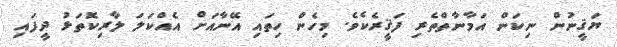
ޔަޤީނުން ނިކަން އަމާނާތްތެރި ފަޤީރެކެވެ. މިހެން ހިތައި އޭނާއަށް އެއްކަަލަ ލާރިކޮތަޅު ދީފައި